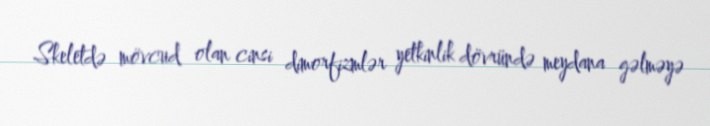
Skeletdə mövcud olan cinsi dimorfizmlər yetkinlik dövründə meydana gəlməyə